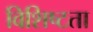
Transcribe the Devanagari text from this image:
विशिष्‍टता